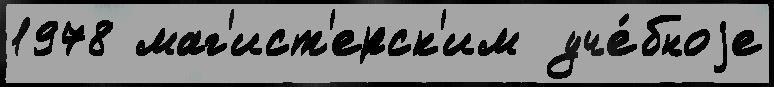
1978 маг'ист'ерск'им  уче́бноjе